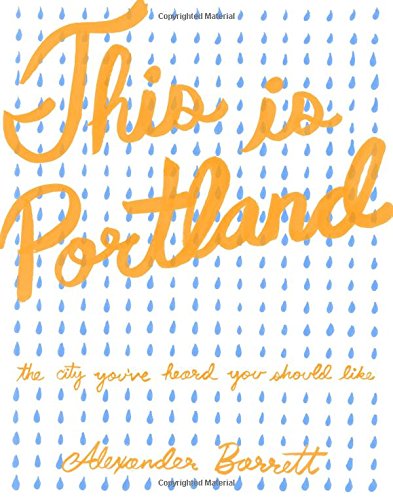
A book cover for This is Portland: The City You've Heard You Should Like (People's Guide); Alexander Barrett; Travel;